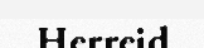
Herreid